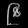
Digit: ၉